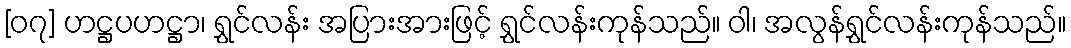
[၀၇] ဟဋ္ဌပဟဋ္ဌာ၊ ရွှင်လန်း အပြားအားဖြင့် ရွှင်လန်းကုန်သည်။ ဝါ၊ အလွန်ရွှင်လန်းကုန်သည်။